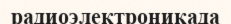
радиоэлектроникада